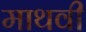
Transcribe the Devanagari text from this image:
माथवी